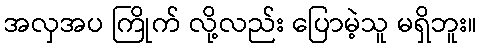
အလှအပ ကြိုက် လို့လည်း ပြောမဲ့သူ မရှိဘူး။